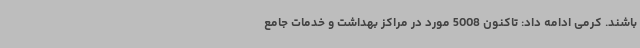
باشند. کرمی ادامه داد: تاکنون 5008 مورد در مراکز بهداشت و خدمات جامع